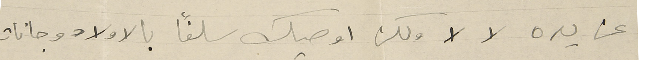
عن يده لا لا ولكن اوصيك سلفاً بالاولاد وجانات